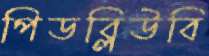
পিডব্লিউবি